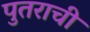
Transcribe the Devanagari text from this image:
पुतराची